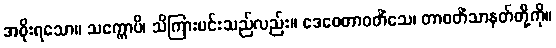
အစိုးရသော။ သက္ကောပိ၊ သိကြားမင်းသည်လည်း။ ဒေဝေတာဝတိံသေ၊ တာဝတိံသာနတ်တို့ကို။